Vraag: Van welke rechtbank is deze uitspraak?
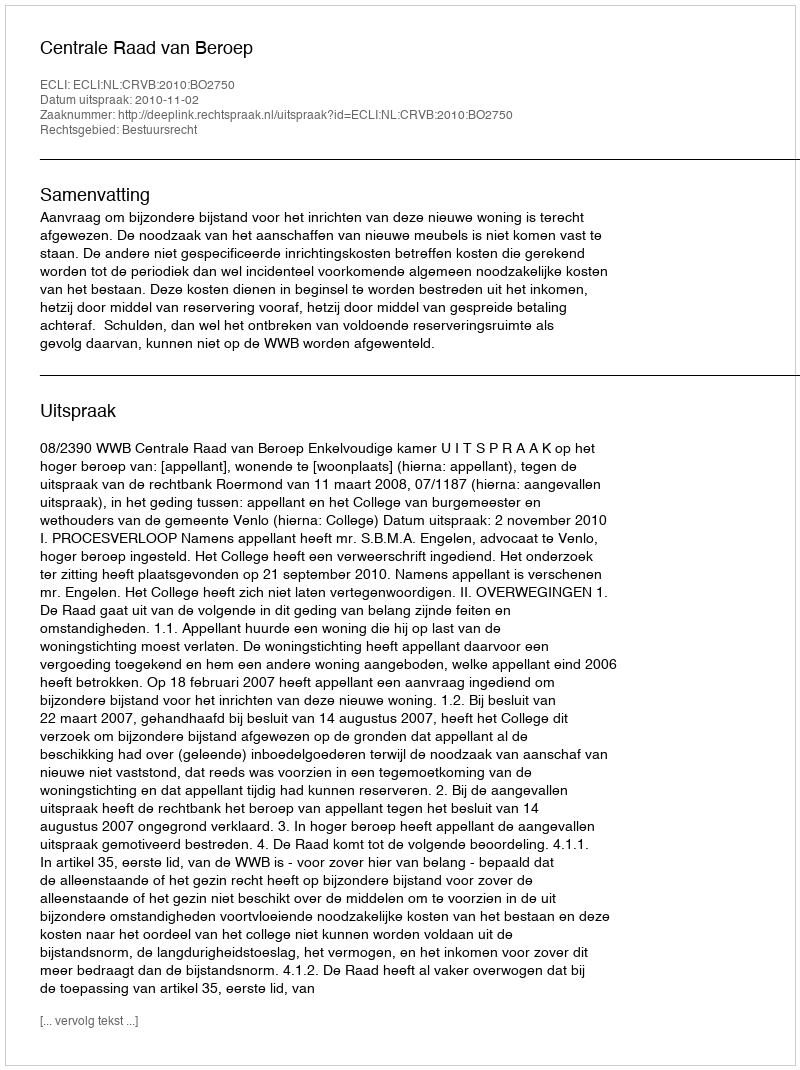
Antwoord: Centrale Raad van Beroep